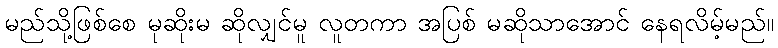
မည်သို့ဖြစ်စေ မုဆိုးမ ဆိုလျှင်မူ လူတကာ အပြစ် မဆိုသာအောင် နေရလိမ့်မည်။